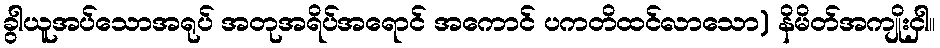
ခွါယူအပ်သောအရုပ် အတုအရိပ်အရောင် အကောင် ပကတိထင်လာသော) နိမိတ်အကျိုးငှါ။